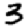
Digit: 3